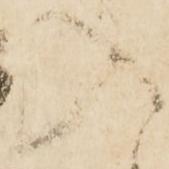
入